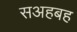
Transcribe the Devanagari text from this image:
सअहबह